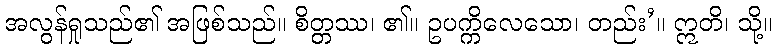
အလွန်ရှုသည်၏ အဖြစ်သည်။ စိတ္တဿ၊ ၏။ ဥပက္ကိလေသော၊ တည်း’။ ဣတိ၊ သို့။